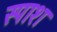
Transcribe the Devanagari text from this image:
स्पाश